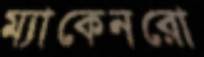
ম্যাকেনরো